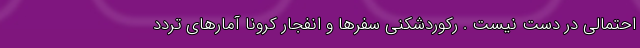
احتمالی در دست نیست . رکوردشکنی سفرها و انفجار کرونا آمارهای تردد